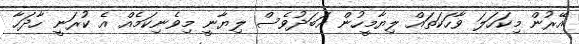
އޭރުން މިކަހަލަ ވާހަކަތައް ލިޔާމީހުން އަބަދުވެސް ލިޔާނީ މިވެނިކަމެއް އެ ކުރަނީ ހާދަހާ